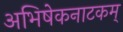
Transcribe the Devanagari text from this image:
अभिषेकनाटकम्